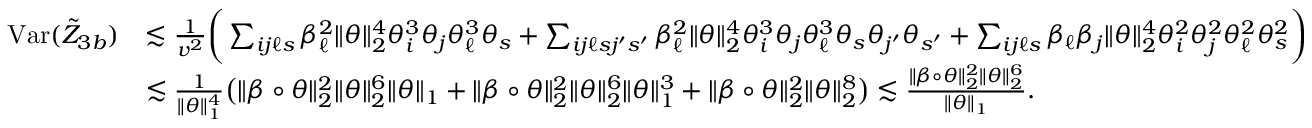
\begin{array} { r l } { \mathrm { V a r } ( \tilde { Z } _ { 3 b } ) } & { \lesssim \frac { 1 } { v ^ { 2 } } \bigg ( \sum _ { i j \ell s } \beta _ { \ell } ^ { 2 } \| \theta \| _ { 2 } ^ { 4 } \theta _ { i } ^ { 3 } \theta _ { j } \theta _ { \ell } ^ { 3 } \theta _ { s } + \sum _ { i j \ell s j ^ { \prime } s ^ { \prime } } \beta _ { \ell } ^ { 2 } \| \theta \| _ { 2 } ^ { 4 } \theta _ { i } ^ { 3 } \theta _ { j } \theta _ { \ell } ^ { 3 } \theta _ { s } \theta _ { j ^ { \prime } } \theta _ { s ^ { \prime } } + \sum _ { i j \ell s } \beta _ { \ell } \beta _ { j } \| \theta \| _ { 2 } ^ { 4 } \theta _ { i } ^ { 2 } \theta _ { j } ^ { 2 } \theta _ { \ell } ^ { 2 } \theta _ { s } ^ { 2 } \bigg ) } \\ & { \lesssim \frac { 1 } { \| \theta \| _ { 1 } ^ { 4 } } \big ( \| \beta \circ \theta \| _ { 2 } ^ { 2 } \| \theta \| _ { 2 } ^ { 6 } \| \theta \| _ { 1 } + \| \beta \circ \theta \| _ { 2 } ^ { 2 } \| \theta \| _ { 2 } ^ { 6 } \| \theta \| _ { 1 } ^ { 3 } + \| \beta \circ \theta \| _ { 2 } ^ { 2 } \| \theta \| _ { 2 } ^ { 8 } \big ) \lesssim \frac { \| \beta \circ \theta \| _ { 2 } ^ { 2 } \| \theta \| _ { 2 } ^ { 6 } } { \| \theta \| _ { 1 } } . } \end{array}